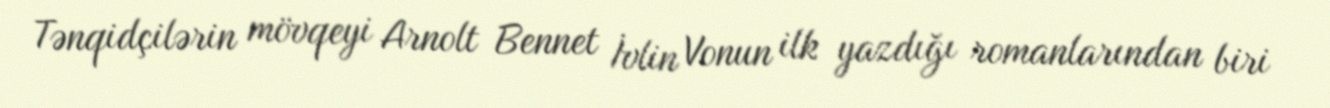
Tənqidçilərin mövqeyi Arnolt Bennet İvlin Vonun ilk yazdığı romanlarından biri